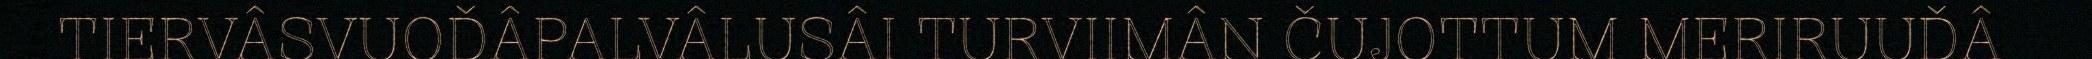
TIERVÂSVUOĐÂPALVÂLUSÂI TURVIIMÂN ČUJOTTUM MERIRUUĐÂ